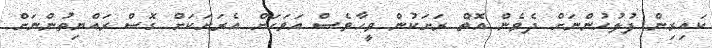
ކައިރިން ފުލުހުންނަށް ދެވެން އޮތް ރަށަކުން ވީހާވެސް އަވަހަށް އެރަށަކަށް ގޮސް ރައްޔިތުންނަށް